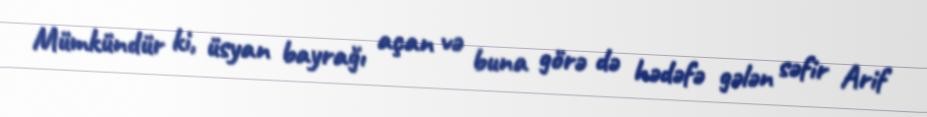
Mümkündür ki, üsyan bayrağı açan və buna görə də hədəfə gələn səfir Arif